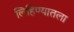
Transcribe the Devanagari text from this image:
लिहिण्यातला